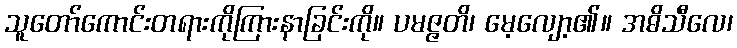
သူတော်ကောင်းတရားကိုကြားနာခြင်းကို။ ပမဇ္ဇတိ၊ မေ့လျော့၏။ အဓိသီလေ၊